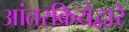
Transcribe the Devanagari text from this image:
आंतरक्रियेद्वारे